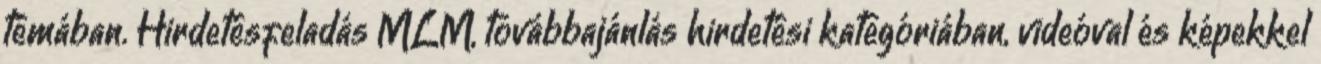
témában. Hirdetésfeladás MLM, továbbajánlás hirdetési kategóriában, videóval és képekkel